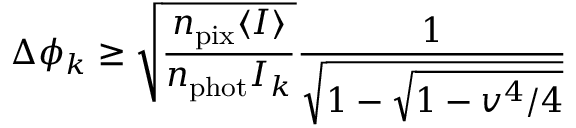
\Delta \phi _ { k } \ge \sqrt { \frac { n _ { \mathrm { p i x } } \langle I \rangle } { n _ { \mathrm { p h o t } } I _ { k } } } \frac { 1 } { \sqrt { 1 - \sqrt { 1 - v ^ { 4 } / 4 } } }